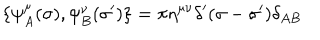
\{ \psi _ { A } ^ { \mu } ( \sigma ) , \psi _ { B } ^ { \nu } ( \sigma ^ { \prime } ) \} = \pi \eta ^ { \mu \nu } \delta ^ { \prime } ( \sigma - \sigma ^ { \prime } ) \delta _ { A B }